Report on sanitation, dispensaries, and jails in Rajputana for 1917, and on vaccination for the year 1917-1918 - 1917-1918
Year: 1917
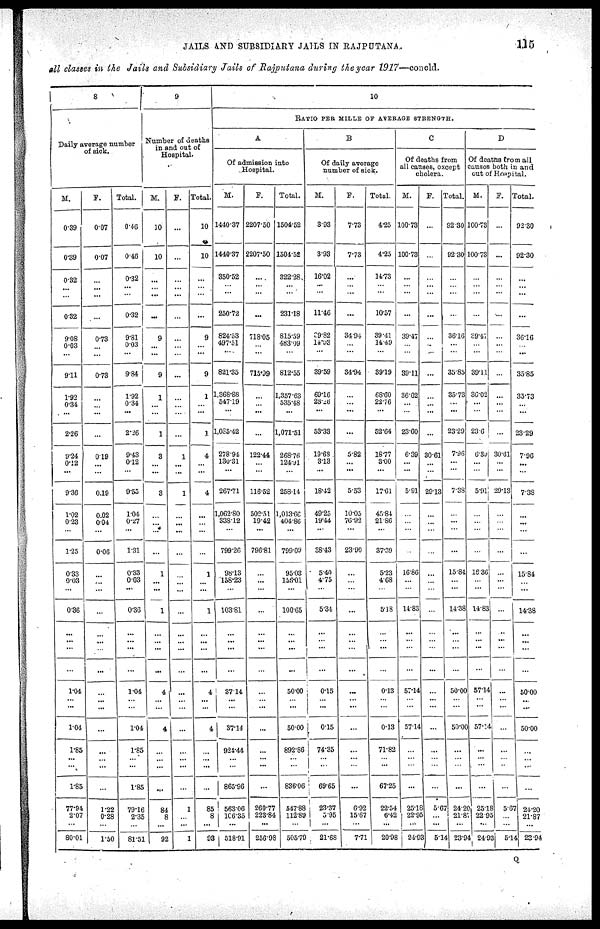
JAILS AND SUBSIDIARY JAILS IN RAJPUTANA.
115
all classes in the Jails and Subsidiary Jails of Rajputana during the year 1917—concld.
8
Daily average number
of sick.
M.
0.39
0.39
0.32
... ...
0.32
9.08
0.03
...
9.11
1.92
0.34
...
2.26
9.24
0.12
...
9.36
1.02
0.23
...
1.25
0.33
0.03
...
0.36
...
...
...
...
1.04
... ... 1.04
1.85
...
...
1.85
77.94
2.07
...
80.01
F.
0.07
0.07
...
... ...
...
0.73
...
...
0.73
...
...
...
...
0.19
...
...
0.19
0.02
0.04
...
0.06
...
...
...
...
...
...
... . . .
...
...
...
...
...
... ...
...
1.22
0.28
...
1.50
Total.
0.46
0.46
0.32
... ...
0.32
9.81
0.03
...
9.84
1.92
0.34
...
2.26
9.43
...
...
9.55
1.04
0.27
...
1.31
0.33
0.03
...
0.36
...
...
...
...
1.04
... ...
1.04
1.85
... ...
1.85
79.16
2.35
...
81.51
9
Number of deaths
in and out of
Hospital.
M.
10
10
...
... ...
...
9
...
9
1
...
...
1
3
...
...
3
...
...
...
...
1
...
...
1
...
... ...
...
4
... ... 4
...
... ...
...
84
8
...
92
F.
...
...
...
... ...
...
...
...
...
...
...
...
...
...
1
...
...
1
...
...
...
...
...
...
...
...
...
... ...
...
...
... ...
...
... ... ...
...
1
...
1
Total.
10
10
...
... ...
...
9
...
...
9
1
...
...
1
4
...
...
4
...
...
...
...
1
...
...
1
...
...
...
...
4
...
...
4
... ... ...
...
85
8
...
93
10
RATIO PER MILLE OF AVERAGE STRENGTH.
A
Of admission into
Hospital.
M.
1440.37
1440.37
350.52
... ...
250.72
824.53
497.51
...
821.35
1,368.88
547.19
...
1,085.42
278.94
130.31
...
267.71
1,062.80
338.12
...
799.26
98.13
158.23
...
103.81
...
...
...
...
37.14
...
...
37.14
924.44
...
...
865.96
563.06
106.35
...
518.91
F.
2207.50
2207.50
...
... ...
...
718.05
...
...
715.09
...
...
...
...
122.44
...
...
116.52
502.51
19.42
...
796.81
...
...
...
...
...
...
...
...
...
... ...
...
... ...
...
...
260.77
223.84
...
256.98
Total.
1504.52
1504.52
322.28
... ...
231.18
815.59
483.09
...
812.55
1,357.63
535.48
...
1,071.51
268.76
124.91
...
258.14
1,013.66
404.86
...
799.09
95.03
156.01
...
100.65
...
...
...
...
50.00
... ...
50.00
892.86
...
...
836.06
547.88
112.89
...
505.79
B
Of daily average
number of sick.
M.
3.93
3.93
16.02
...
...
11.46
89.82
14.93
...
39.59
69.16
23.26
...
53.33
19.68
3.13
...
18.42
49.25
19.44
...
38.43
5.40
4.75
...
5.34
...
...
...
...
0.15
... ...
0.15
74.35
...
...
69.65
23.37
5.95
...
21.68
F.
7.73
7.73
...
... ...
...
34.94
...
...
34.94
...
...
...
...
5.82
...
...
5.53
10.05
76.92
...
23.90
...
...
...
...
...
...
...
...
...
...
... ...
...
...
...
...
6.92
15.67
...
7.71
Total.
4.25
4.25
14.73
... ...
10.57
39.41
14.49
...
39.19
68.60
22.76
...
52.64
18.77
3.00
...
17.61
45.84
21.86
...
37.39
5.23
4.68
...
5.18
... ...
...
...
0.13
... ...
0.13
71.82
...
...
67.25
22.54
6.42
...
20.98
C
Of deaths from
all causes, except
cholera.
M.
100.73
100.73
...
... ...
...
39.47
...
...
39.11
36.02
...
...
23.60
6.39
...
...
5.91
...
...
...
...
16.86
...
...
14.83
...
...
...
...
57.14
... ... 57.14
...
... ...
...
25.18
22.95
...
24.03
F.
...
...
...
...
...
...
...
...
...
...
...
...
...
...
30.61
...
...
29.13
...
...
...
...
...
...
...
...
...
...
...
...
...
... ... ...
...
... ...
...
5.67
...
...
5.14
Total.
92.30
92.30
...
... ...
...
36.16
...
...
35.85
35.73
...
...
23.29
7.96
...
...
7.38
...
...
...
...
15.84
...
...
14.38
...
...
...
...
50.00
... ...
50.00
...
... ...
...
24.20
21.87
...
23.94
D
Of deaths from all
causes both in and
out of Hospital.
M.
100.73
100.73
...
... ...
...
39.47
...
...
39.11
36.02
...
...
23.6
6.89
...
...
5.91
...
...
...
...
16.36
...
...
14.83
...
...
...
...
57.14
...
... 57.14
...
...
...
...
25.18
22.95
...
24.93
F.
...
...
...
... ...
...
...
...
...
...
...
...
...
...
30.61
...
...
29.13
...
...
...
...
...
...
...
...
...
...
...
...
...
... ... ...
...
... ...
...
5.67
...
...
5.14
Total.
92.30
92.30
...
... ...
...
36.16
...
...
35.85
35.73
...
...
23.29
7.96
...
...
7.38
...
...
...
...
15.84
...
...
14.38
...
...
...
...
50.00
...
...
50.00
...
... ...
...
24.20
21.87
...
23.94